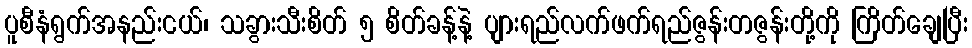
ပူစီနံရွက်အနည်းငယ်၊ သခွားသီးစိတ် ၅ စိတ်ခန့်နဲ့ ပျားရည်လက်ဖက်ရည်ဇွန်းတဇွန်းတို့ကို ကြိတ်ချေပြီး